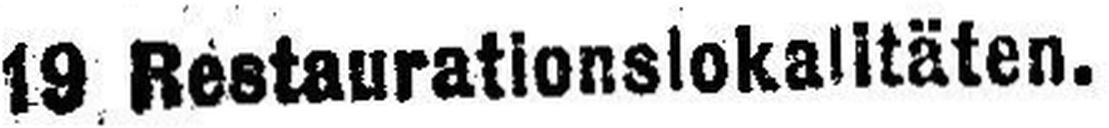
19 Restaurationslokalitäten.